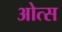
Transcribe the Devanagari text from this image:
ओत्स